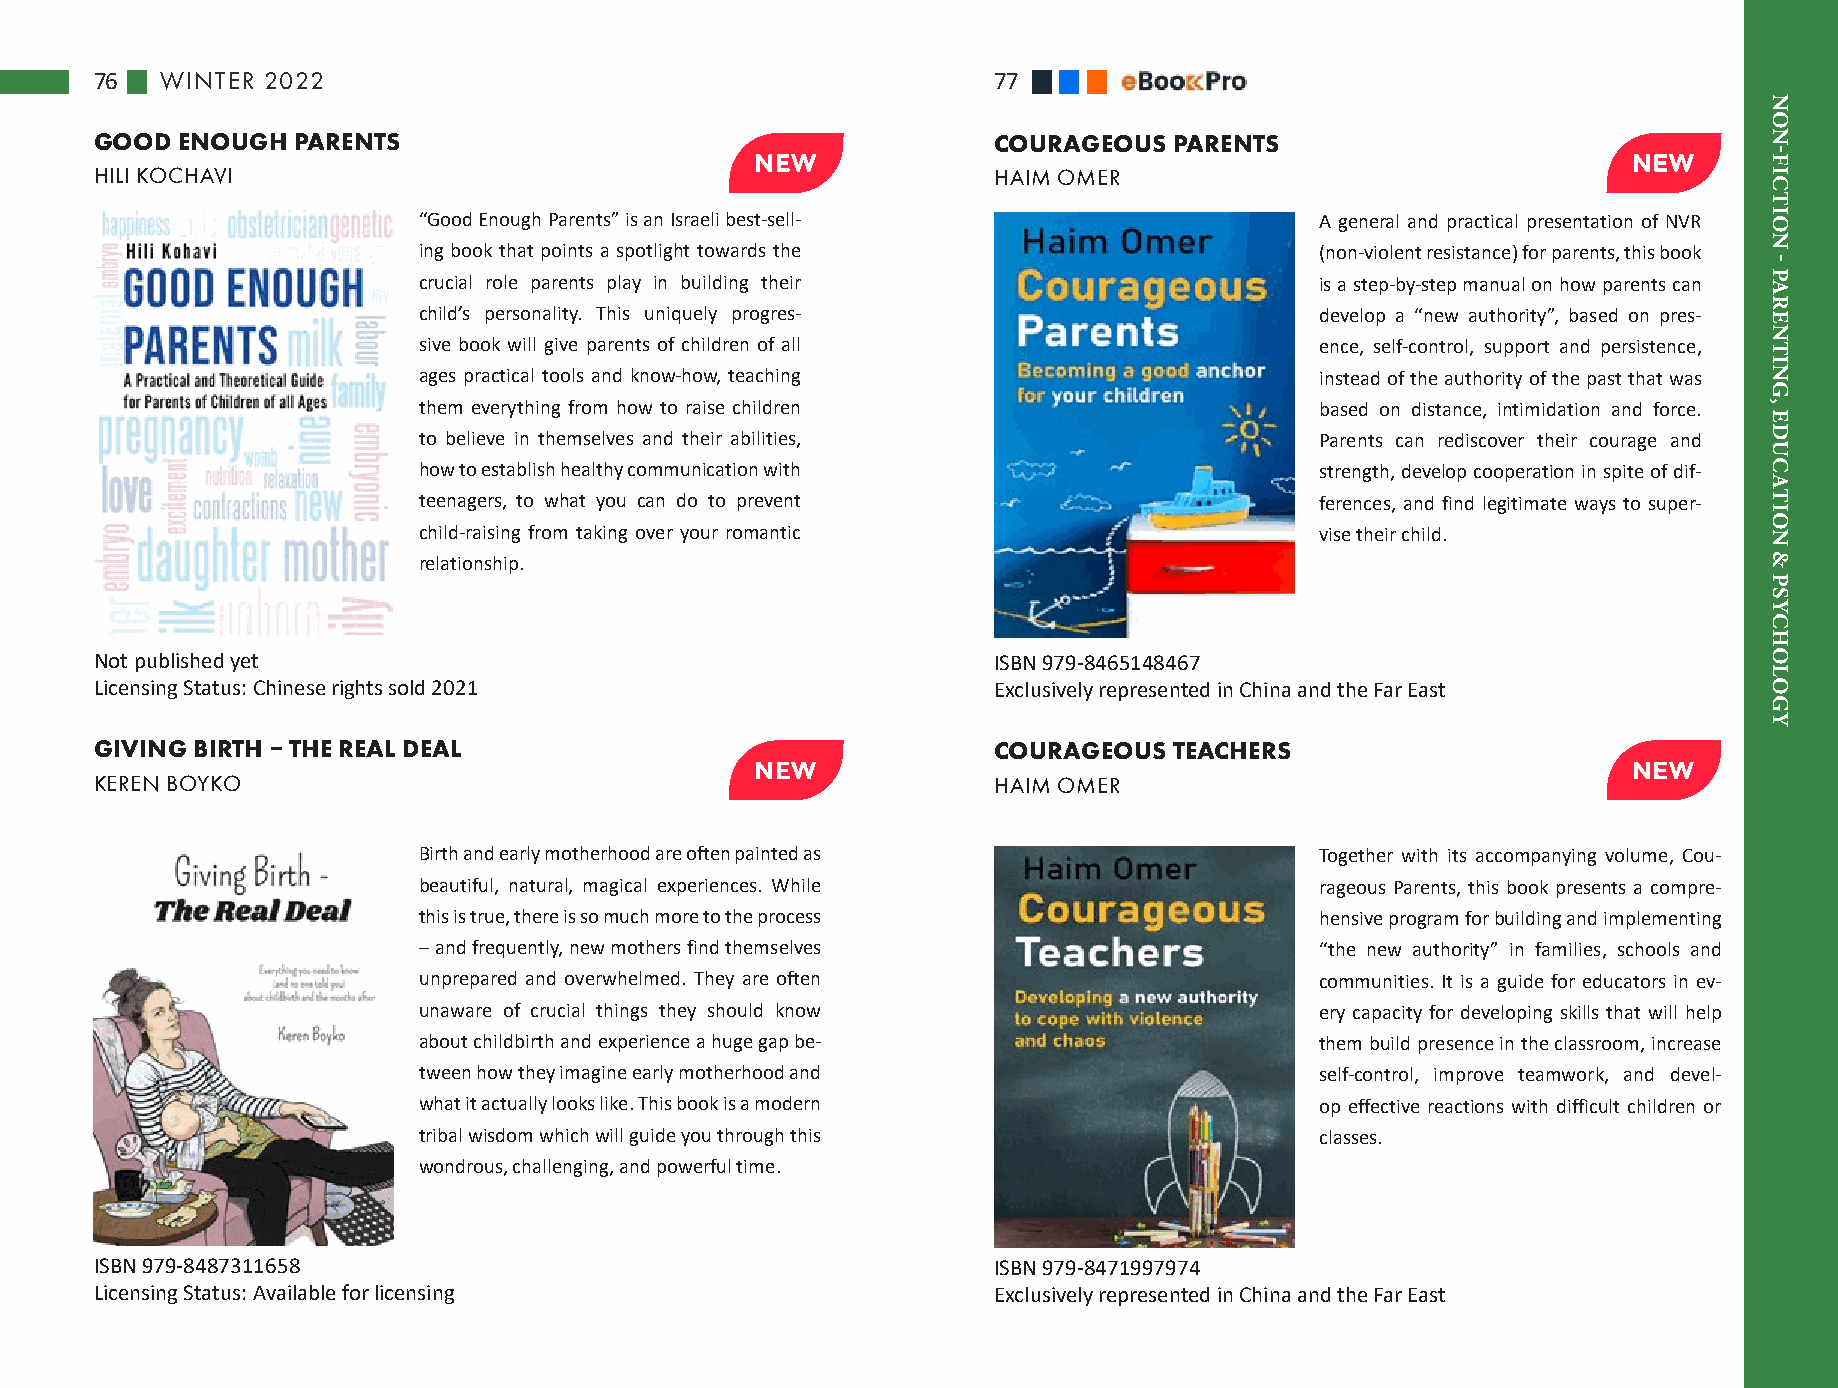
76   WINTER 2022                                            77
 GOOD  ENOUGH PARENTS                                        COURAGEOUS  PARENTS
 HILI KOCHAVI                                                HAIM OMER
 “Good Enough Parents” is an Israeli best-sell-             A general and practical presentation of NVR
 ing book that points a spotlight towards the               (non-violent resistance) for parents, this book
 crucial role parents play in building their                is a step-by-step manual on how parents can
 child’s personality. This uniquely progres-                develop a “new authority”, based on pres-
 sive book will give parents of children of all             ence, self-control, support and persistence,
 ages practical tools and know-how, teaching                instead of the authority of the past that was
 them everything from how to raise children                 based on distance, intimidation and force.
 to believe in themselves and their abilities,              Parents can rediscover their courage and
 how to establish healthy communication with                strength, develop cooperation in spite of dif-
 teenagers, to what you can do to prevent                   ferences, and find legitimate ways to super-
 child-raising from taking over your romantic               vise their child.
 relationship.
 Not published yet                                           ISBN 979-8465148467
 Licensing Status: Chinese rights sold 2021                  Exclusively represented in China and the Far East
 GIVING BIRTH – THE REAL DEAL                                COURAGEOUS  TEACHERS
 KEREN BOYKO                                                 HAIM OMER
 Birth and early motherhood are often painted as            Together with its accompanying volume, Cou-
 beautiful, natural, magical experiences. While             rageous Parents, this book presents a compre-
 this is true, there is so much more to the process         hensive program for building and implementing
 – and frequently, new mothers find themselves              “the new authority” in families, schools and
 unprepared and overwhelmed. They are often                 communities. It is a guide for educators in ev-
 unaware of crucial things they should know                 ery capacity for developing skills that will help
 about childbirth and experience a huge gap be-             them build presence in the classroom, increase
 tween how they imagine early motherhood and                self-control, improve teamwork, and devel-
 what it actually looks like. This book is a modern         op effective reactions with difficult children or
 tribal wisdom which will guide you through this            classes.
 wondrous, challenging, and powerful time.
 ISBN 979-8487311658                                         ISBN 979-8471997974
 Licensing Status: Available for licensing                   Exclusively represented in China and the Far East
 NON-FICTION
 -
 PARENTING,
 EDUCATION
 &
 PSYCHOLOGY